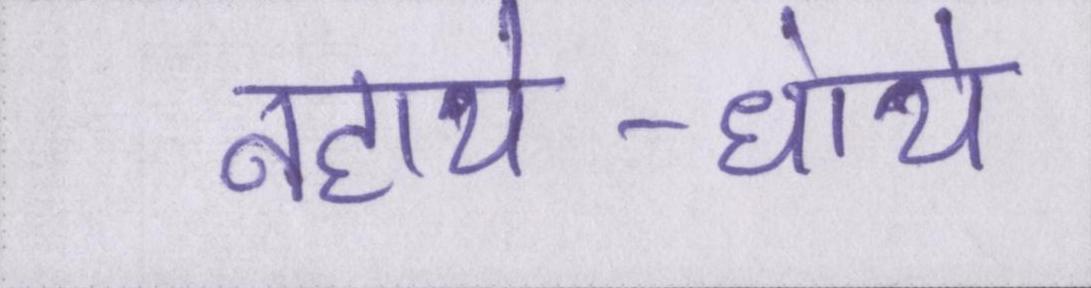
नहाये-धोये